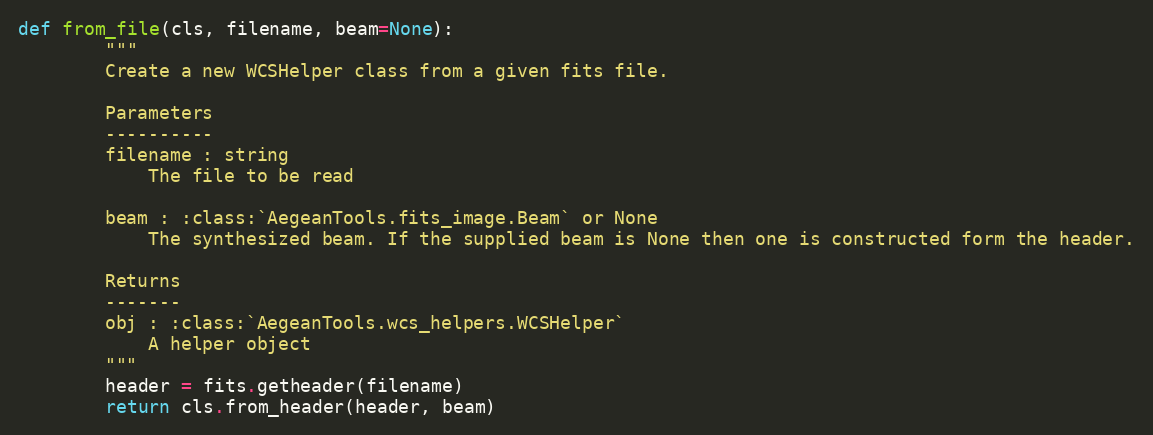
Language: Python
def from_file(cls, filename, beam=None):
        """
        Create a new WCSHelper class from a given fits file.

        Parameters
        ----------
        filename : string
            The file to be read

        beam : :class:`AegeanTools.fits_image.Beam` or None
            The synthesized beam. If the supplied beam is None then one is constructed form the header.

        Returns
        -------
        obj : :class:`AegeanTools.wcs_helpers.WCSHelper`
            A helper object
        """
        header = fits.getheader(filename)
        return cls.from_header(header, beam)